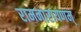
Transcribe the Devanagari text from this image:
रामनारायणम्